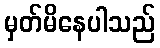
မှတ်မိနေပါသည်